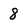
Character: 8